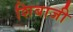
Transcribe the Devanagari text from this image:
शिबाजी